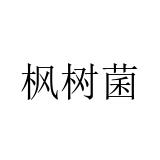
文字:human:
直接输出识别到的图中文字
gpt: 枫树菌